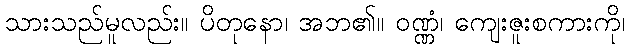
သားသည်မူလည်း။ ပိတုနော၊ အဘ၏။ ဝဏ္ဏံ၊ ကျေးဇူးစကားကို၊